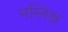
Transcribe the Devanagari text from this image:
मस्तिक्ष